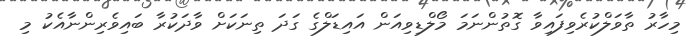
މިހާރު ތާވަލްކުރެވިފައިވާ ގޮތުންނަމަ މޯލްޑިވިއަން އައިޑަލްގެ ގަދަ ތިނަކަށް ވާދަކުރާ ބައިވެރިންނާއެކު މި